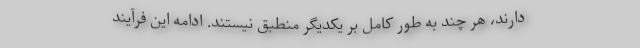
دارند، هر چند به طور کامل بر یکدیگر منطبق نیستند. ادامه این فرآیند